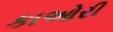
કાઓરી